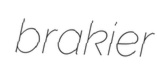
brakier